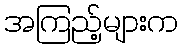
အကြည့်များက